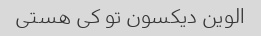
الوین دیکسون تو کی هستی